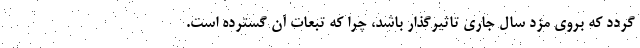
گردد که بروی مزد سال جاری تاثیرگذار باشد، چرا که تبعات آن گسترده است.